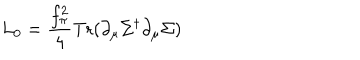
LaTeX: L _ { 0 } = { \frac { f _ { \pi } ^ { 2 } } { 4 } } \mathrm { T r } ( \partial _ { \mu } \Sigma ^ { \dagger } \partial _ { \mu } \Sigma )